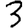
Digit: 3